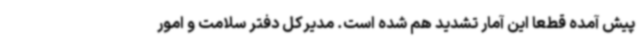
پیش آمده قطعا این آمار تشدید هم شده است. مدیرکل دفتر سلامت و امور